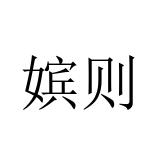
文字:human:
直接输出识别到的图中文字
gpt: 嫔则